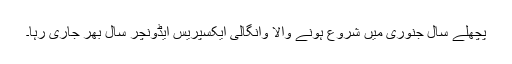
پچھلے سال جنوری میں شروع ہونے والا وانگالی ایکسپریس ایڈونچر سال بھر جاری رہا۔